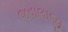
જવાલાજી